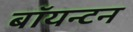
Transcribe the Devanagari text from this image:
बॉयन्टन